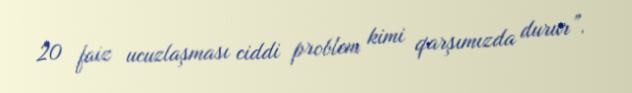
20 faiz ucuzlaşması ciddi problem kimi qarşımızda durur”.